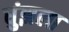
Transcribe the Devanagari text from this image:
धुंझला